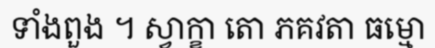
ទាំងពួង ។ ស្វាក្ខា តោ ភគវតា ធម្មោ